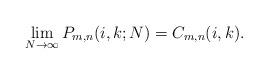
LaTeX: \begin{align*}\lim_{N\rightarrow \infty} P_{m,n}(i,k;N)=C_{m,n}(i,k).\end{align*}